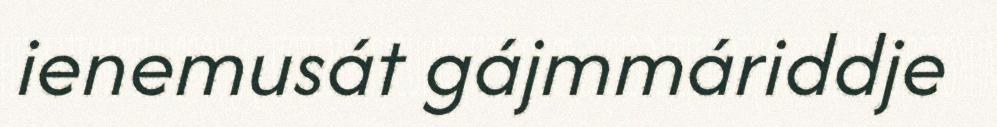
ienemusát gájmmáriddje